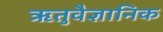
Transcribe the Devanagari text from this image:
ऋतुवैज्ञानिक